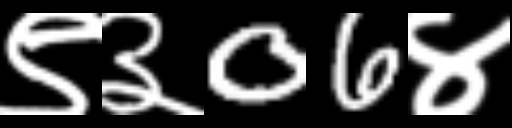
Text: ९३06४